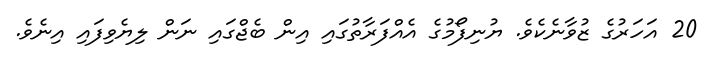
20 އަހަރުގެ ޒުވާނެކެވެ. ޔުނިފޯމުގެ އެއްފަރާތުގައި އިން ބެޖްގައި ނަން ލިޔެވިފައި އިނެވެ.